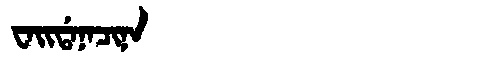
Manchu: ᠸᠠᡳᡩᠠᠨᠠᠴᡳᠨᠠ
Romanization: WAIDANACINA